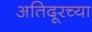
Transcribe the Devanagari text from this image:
अतिदूरच्या